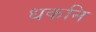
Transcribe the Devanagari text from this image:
धकनि